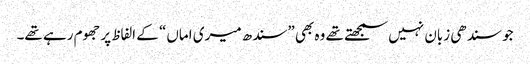
جو سندھی زبان نہیں سمجھتے تھے وہ بھی ”سندھ میری اماں“ کے الفاظ پر جھوم رہے تھے۔